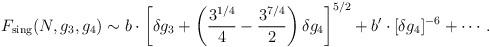
LaTeX: \begin{align*}F_{\rm sing}(N, g_3 , g_4) \sim b\cdot \left[ \delta g_3 + \left( \frac{3^{1/4}}{4} - \frac{3^{7/4}}{2}\right) \delta g_4\right]^{5/2}+ b'\cdot [\delta g_4]^{-6} + \cdots.\end{align*}